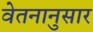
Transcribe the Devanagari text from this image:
वेतनानुसार